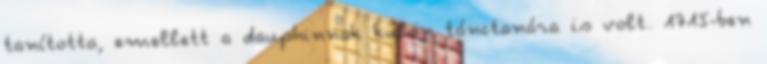
tanította, emellett a dauphinnak külön tánctanára is volt. 1715-ben